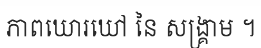
ភាពឃោរឃៅ នៃ សង្គ្រាម ។